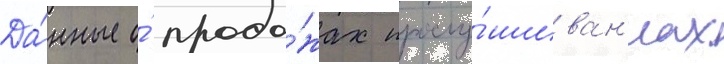
Да́нные о́ прода́жах прослу́шиван'иах